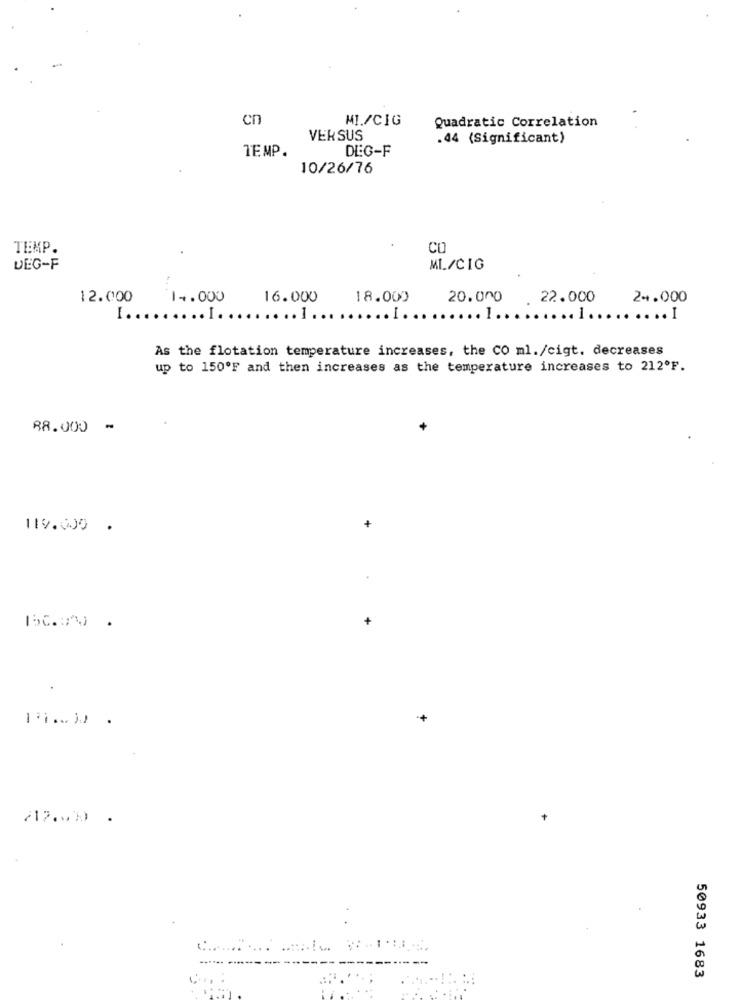
en
MI/CIG
Quadratic Correlation
VERSUS
.44 (Significant)
TEMP.
DEG-F
10/26/76
TEMP.
CO
DEG-F
ML/CIG
12.000
14.000
16.000
18.000
20.000
22.000
24.000
I ..
...... I ................................................. I
As the flotation temperature increases, the CO ml./cigt. decreases
up to 150ºF and then increases as the temperature increases to 212ºF.
88.000 -
119.000 .
-
+
50933 1683